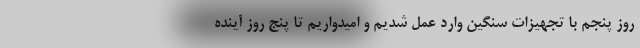
روز پنجم با تجهیزات سنگین وارد عمل شدیم و امیدواریم تا پنج روز آینده